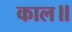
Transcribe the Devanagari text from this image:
काल॥